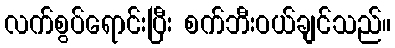
လက်စွပ်ရောင်းပြီး စက်ဘီးဝယ်ချင်သည်။